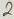
Text: 2